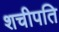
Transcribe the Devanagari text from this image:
शचीपति